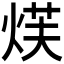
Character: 𮳫